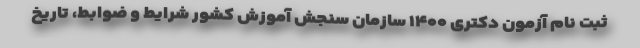
ثبت نام آزمون دکتری ۱۴۰۰ سازمان سنجش آموزش کشور شرایط و ضوابط، تاریخ